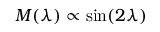
M ( \lambda ) \propto \sin ( 2 \lambda )